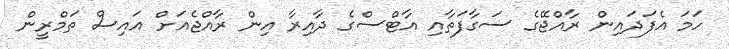
ހަމަ އެފަދައިން ރާއްޖޭގެ ސަގާފަތާއި އާޓްސްގެ ދާއިރާ އިން ރާއްޖެއަށް އައިސް ތަމްރީން